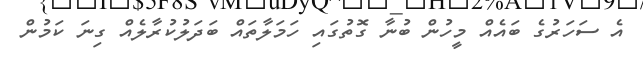
އެ ސަހަރުގެ ބައެއް މީހުން ބުނާ ގޮތުގައި ހަމަލާތައް ބަދަލުކުރާލެއް ގިނަ ކަމުން